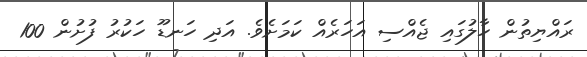
ރައްޔިތުން ހާލުގައި ޖެއްސި އަހަރެއް ކަމަށެވެ. އަދި ހަނޑޫ ހަކުރު ފުށުން 100